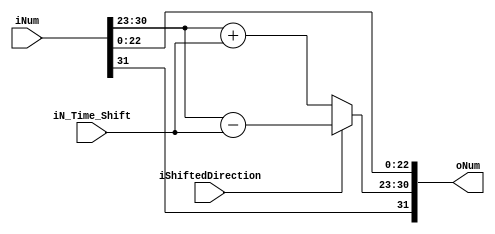
module SHIFT_FP(
	
	// The shifted direction of a floating-point number
	// 1'b0 : left-shift
	// 1'b1 : right-shift
	
	input iShiftedDirection,
	input [31:0] iNum,
	input [3:0] iN_Time_Shift,
	output [31:0] oNum
);

	assign oNum[31] = iNum[31];
	assign oNum[22:0] = iNum[22:0];
	assign oNum[30:23] = (iShiftedDirection) ? (iNum[30:23] - iN_Time_Shift) : (iNum[30:23] + iN_Time_Shift);

endmodule